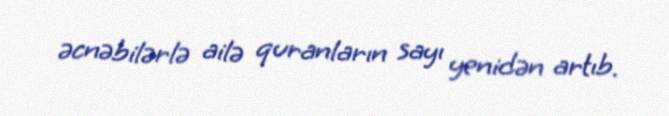
əcnəbilərlə ailə quranların sayı yenidən artıb.